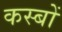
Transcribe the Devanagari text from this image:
कस्‍बों